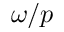
\omega / p